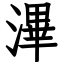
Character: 滭